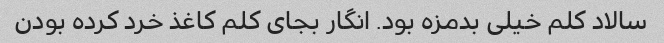
سالاد کلم خیلی بدمزه بود. انگار بجای کلم کاغذ خرد کرده بودن